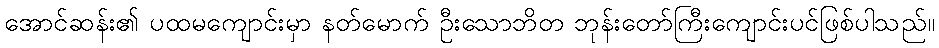
အောင်ဆန်း၏ ပထမကျောင်းမှာ နတ်မောက် ဦးသောဘိတ ဘုန်းတော်ကြီးကျောင်းပင်ဖြစ်ပါသည်။